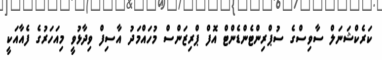
ކަރެކްޝަނަލް ސާވިސްގެ ސުޕްރިންޓެންޑެންޓް އޮފް ޕްރިޒަންސް މުހައްމަދު އާސިފް ވިދާޅުވީ މިއަހަރުގެ ފެއާއަކީ